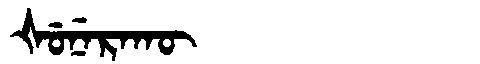
Manchu: ᡧᡠᠨᡝᡵᠠᡴᡡ
Romanization: ŠUNERAKŪ